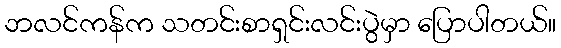
ဘလင်ကန်က သတင်းစာရှင်းလင်းပွဲမှာ ပြောပါတယ်။